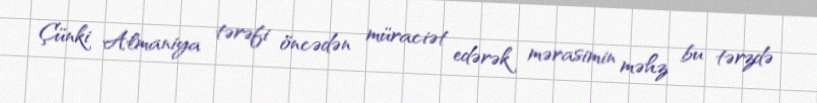
Çünki Almaniya tərəfi öncədən müraciət edərək mərasimin məhz bu tərzdə